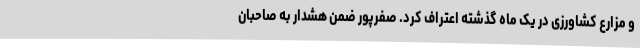
و مزارع کشاورزی در یک ماه گذشته اعتراف کرد. صفرپور ضمن هشدار به صاحبان